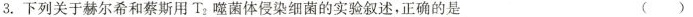
3. 下列关于赫尔希和蔡斯用T_{2}噬菌体侵染细菌的实验叙述，正确的是 ()